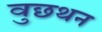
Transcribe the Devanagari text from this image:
वुछथन